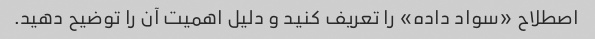
اصطلاح «سواد داده» را تعریف کنید و دلیل اهمیت آن را توضیح دهید.